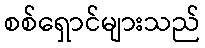
စစ်ရှောင်များသည်